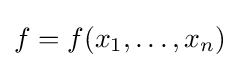
f=f(x_{1},\ldots ,x_{n})